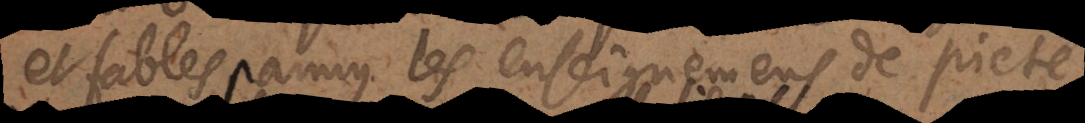
et fables parmy les enseignemens de piété,